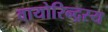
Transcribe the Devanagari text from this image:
वायोरिन्द्रस्य